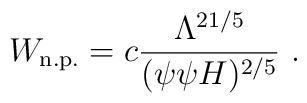
W_{\rm n.p.} = c \frac{\Lambda^{21/5}}{(\psi \psi H)^{2/5}} \ .